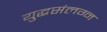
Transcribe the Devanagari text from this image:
युद्धसंलग्न